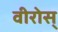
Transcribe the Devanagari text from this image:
वीरोस्